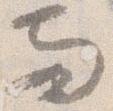
両